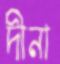
দীনা